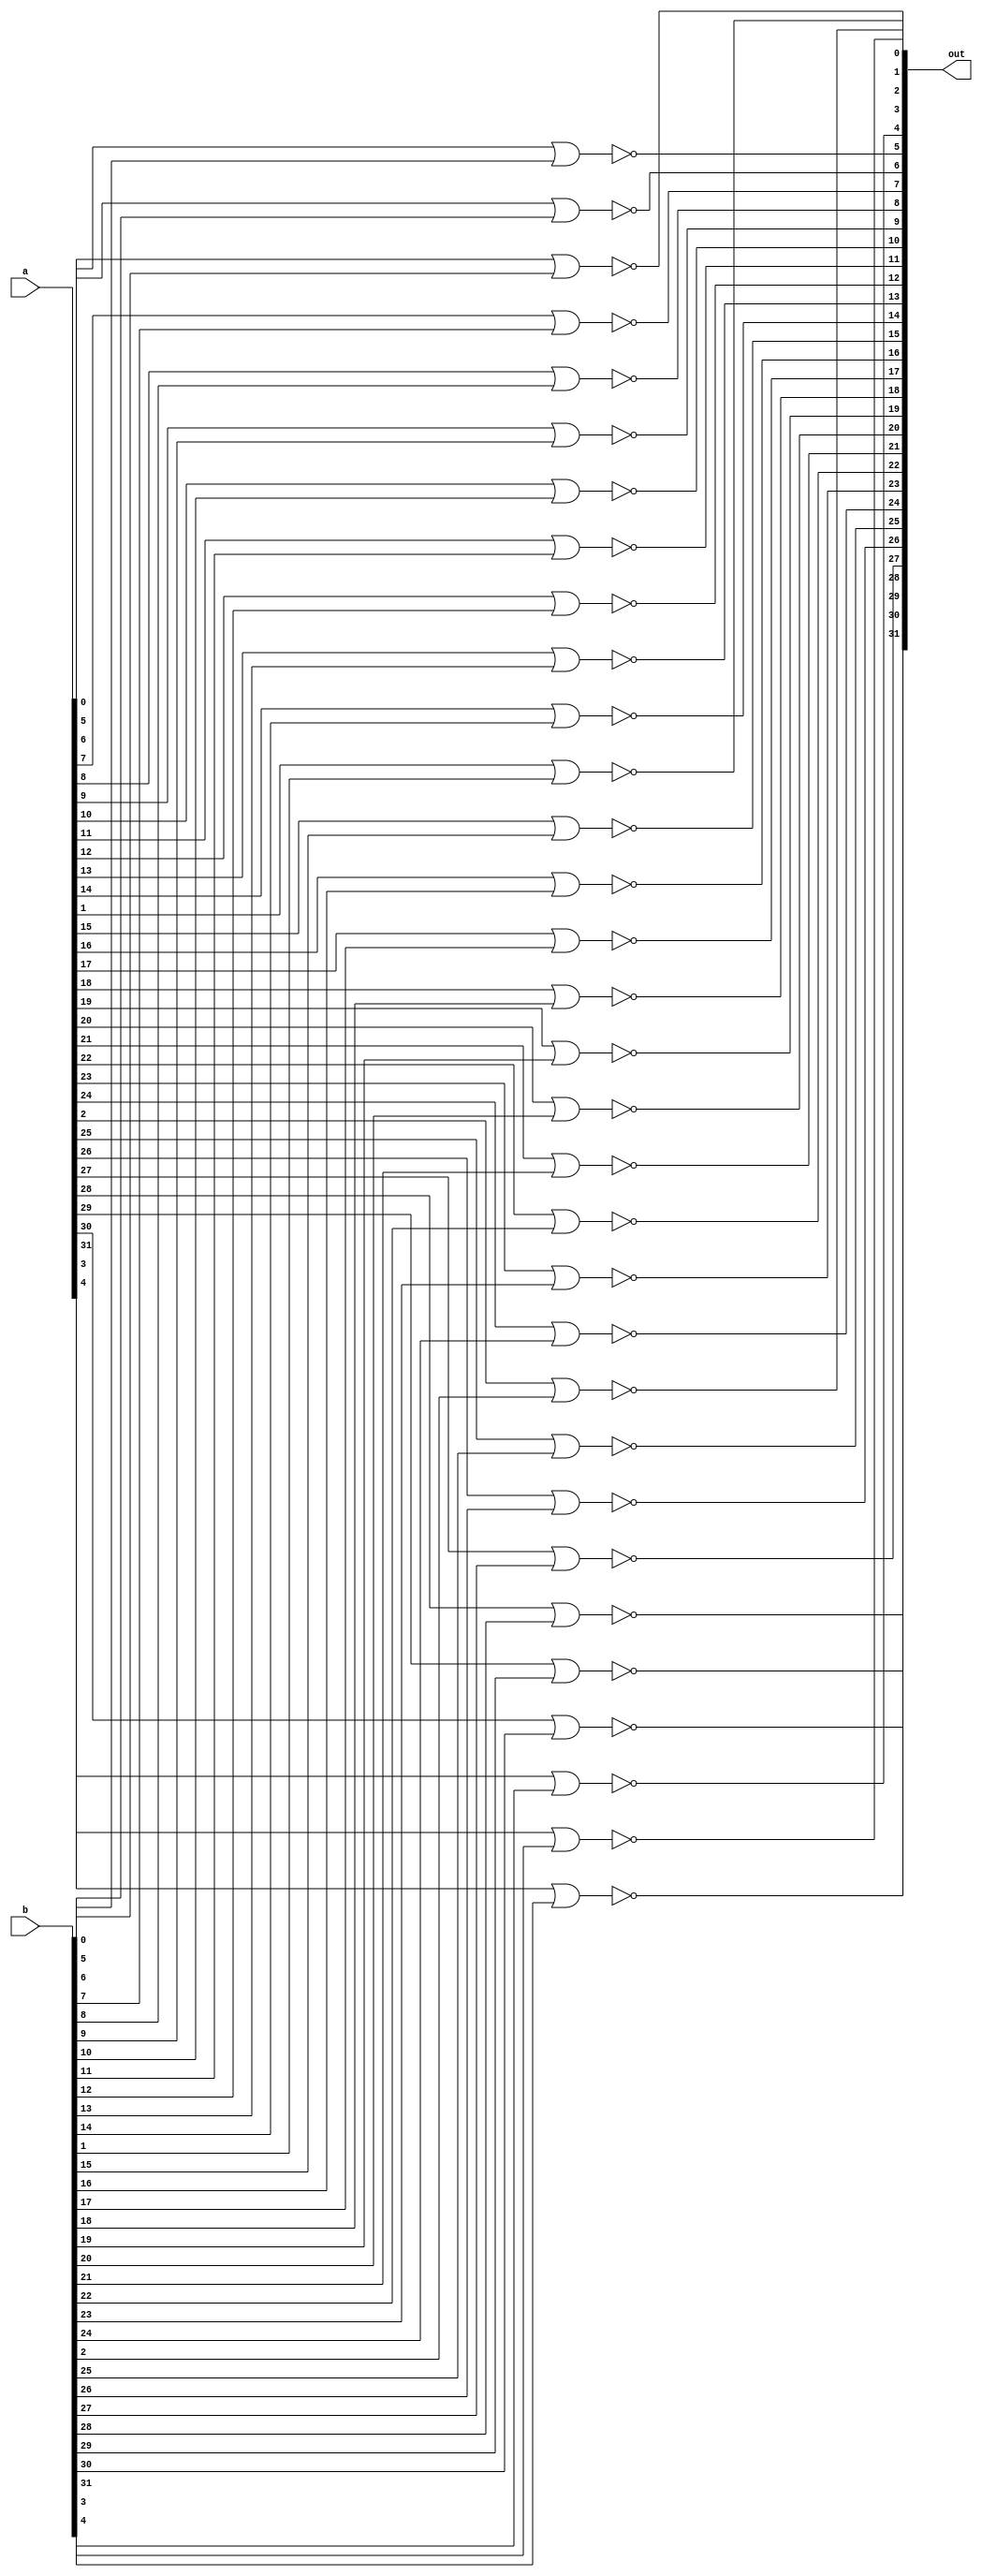
module _32bit_nor(out,a,b);
input [31:0] a,b;
output [31:0] out;
genvar i;



	generate
	
		for (i = 0; i < 32; i = i + 1) begin:myFor
			nor andGate (out[i],a[i],b[i]);
		end
	endgenerate
	
endmodule